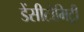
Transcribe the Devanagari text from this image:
डेंसीटोमिट्री